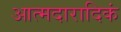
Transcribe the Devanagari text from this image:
आत्मदारादिकं